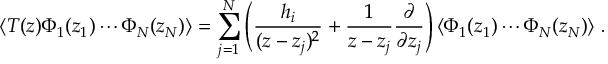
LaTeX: \langle T ( z ) \Phi _ { 1 } ( z _ { 1 } ) \cdots \Phi _ { N } ( z _ { N } ) \rangle = \sum _ { j = 1 } ^ { N } \left( \frac { h _ { i } } { ( z - z _ { j } ) ^ { 2 } } + \frac { 1 } { z - z _ { j } } \frac { \partial } { \partial z _ { j } } \right) \langle \Phi _ { 1 } ( z _ { 1 } ) \cdots \Phi _ { N } ( z _ { N } ) \rangle ~ .